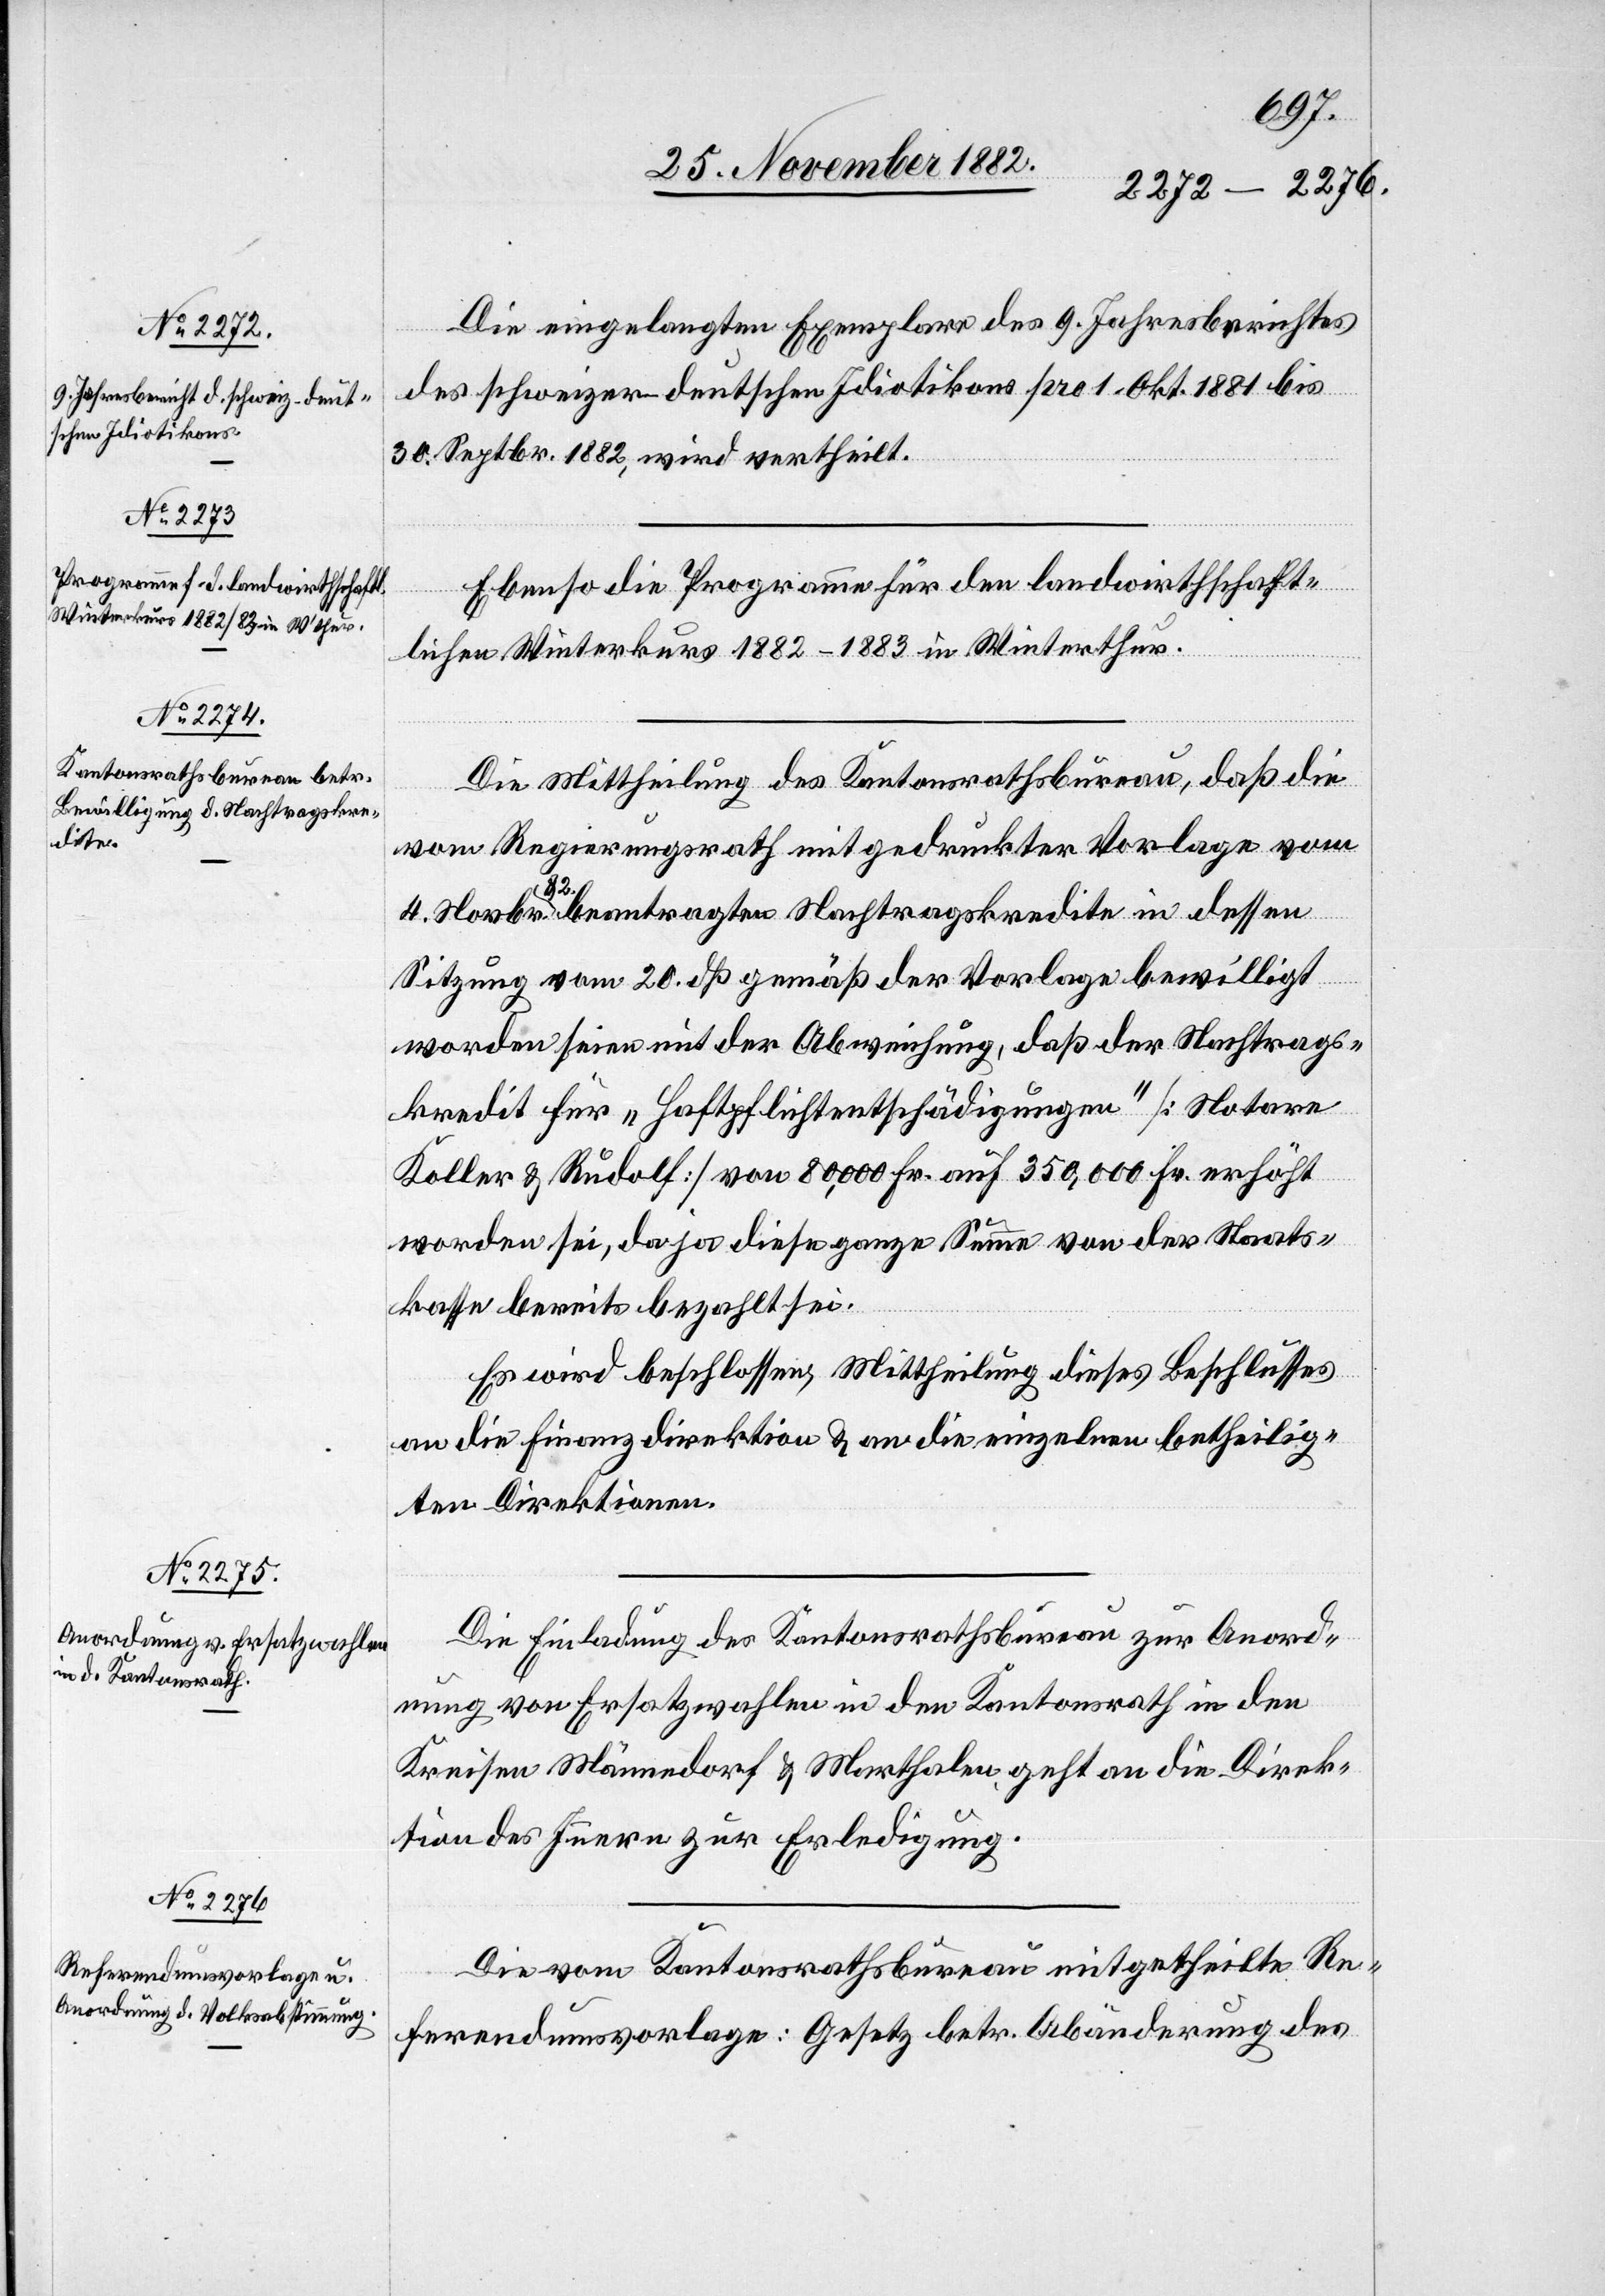
Die eingelangten Exemplare des 9. Jahresberichtes
des schweizer-deutschen Idiotikons pro 1. Okt. 1881 bis
30. Septbr. 1882, wird [recte:
Ebenso die Programme für den landwirthschaft¬
lichen Winterkurs 1882–1883 in Winterthur.
Die Mittheilung des Kantonsrathsbureau, daß die
vom Regierungsrath mit gedruckter Vorlage vom
4. Novbr. 82 beantragten Nachtragskredite in dessen
den]
Sitzung vom 20. dß gemäß der Vorlage bewilligt
worden seien mit der Abweichung, daß der Nachtrags¬
kredit für „Haftpflichtentschädigungen“ [Notare
Koller & Rudolf] von 80,000 Fr. auf 350,000 Fr. erhöht
worden sei, da ja diese ganze Summe von der Staats¬
kasse bereits bezahlt sei.
Es wird beschlossen: Mittheilung dieses Beschlusses
an die Finanzdirektion & an die einzelnen betheilig¬
ten Direktionen.
Die Einladung des Kantonsrathsbureau zur Anord¬
nung von Ersatzwahlen in den Kantonsrath in den
Kreisen Männedorf & Marthalen, geht an die Direk¬
tion des Innern zur Erledigung.
Die vom Kantonsrathsbureau mitgetheilte Re¬
ferendumsvorlage: Gesetz betr. Abänderung des